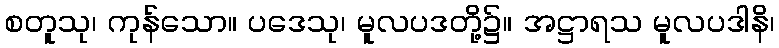
စတူသု၊ ကုန်သော။ ပဒေသု၊ မူလပဒတို့၌။ အဋ္ဌာရသ မူလပဒါနိ၊